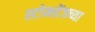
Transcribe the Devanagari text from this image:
स्टोनहेंजच्या